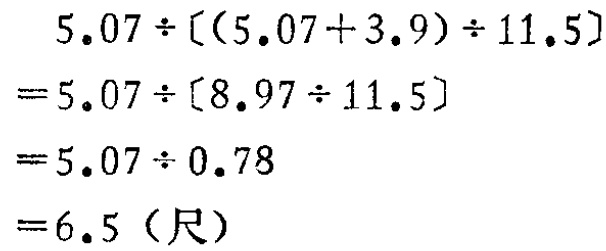
\[
\begin{align*}
&5.07\div[(5.07 + 3.9)\div11.5]\\
=&5.07\div[8.97\div11.5]\\
=&5.07\div0.78\\
=&6.5 (\text{尺})
\end{align*}
\]